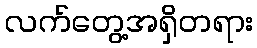
လက်တွေ့အရှိတရား